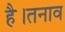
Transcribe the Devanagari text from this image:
है।तनाव